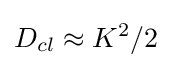
D_{cl}\approx K^{2}/2